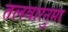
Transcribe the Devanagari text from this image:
तलवारनुमा